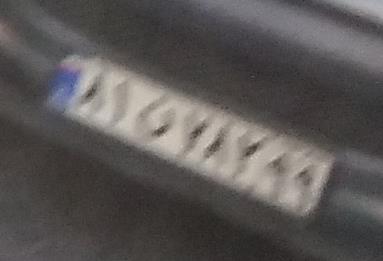
۸۱ن۷۸۲۹۹